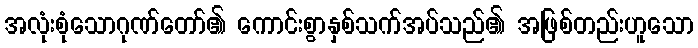
အလုံးစုံသောဂုဏ်တော်၏ ကောင်းစွာနှစ်သက်အပ်သည်၏ အဖြစ်တည်းဟူသော